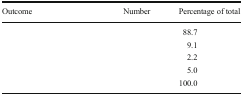
<table><thead><tr><td><b>Outcome</b></td><td><b>Number</b></td><td><b>Percentage of total</b></td></tr></thead><tbody><tr><td>[EMPTY_CELL]</td><td>[EMPTY_CELL]</td><td>88.7</td></tr><tr><td>[EMPTY_CELL]</td><td>[EMPTY_CELL]</td><td>9.1</td></tr><tr><td>[EMPTY_CELL]</td><td>[EMPTY_CELL]</td><td>2.2</td></tr><tr><td>[EMPTY_CELL]</td><td>[EMPTY_CELL]</td><td>5.0</td></tr><tr><td>[EMPTY_CELL]</td><td>[EMPTY_CELL]</td><td>100.0</td></tr></tbody></table>